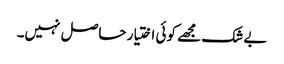
بے شک مجھے کوئی اختیار حاصل نہیں۔